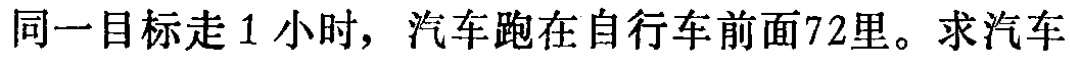
同一目标走 1 小时，汽车跑在自行车前面72里。求汽车